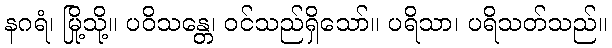
နဂရံ၊ မြို့သို့။ ပဝိသန္တေ၊ ဝင်သည်ရှိသော်။ ပရိသာ၊ ပရိသတ်သည်။